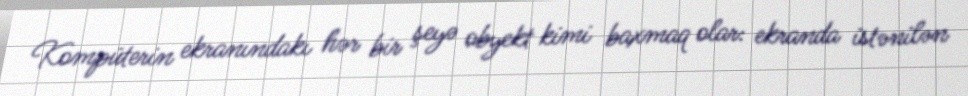
Kompüterin ekranındakı hər bir şeyə obyekt kimi baxmaq olar: ekranda istənilən